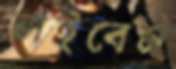
লইবেন